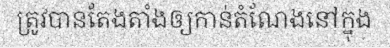
ត្រូវបានតែងតាំងឲ្យកាន់តំណែងនៅក្នុង